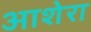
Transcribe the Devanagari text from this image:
आशेरा